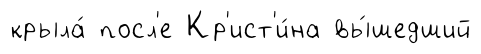
крыла́ посл'е Кр'ист'и́на вы́шедший